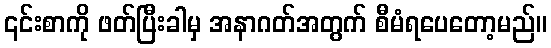
၎င်းစာကို ဖတ်ပြီးခါမှ အနာဂတ်အတွက် စီမံရပေတော့မည်။